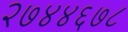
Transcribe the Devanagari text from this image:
२७४४६७८